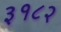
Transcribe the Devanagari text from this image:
३१८२